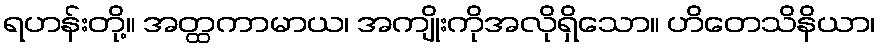
ရဟန်းတို့။ အတ္ထကာမာယ၊ အကျိုးကိုအလိုရှိသော။ ဟိတေသိနိယာ၊